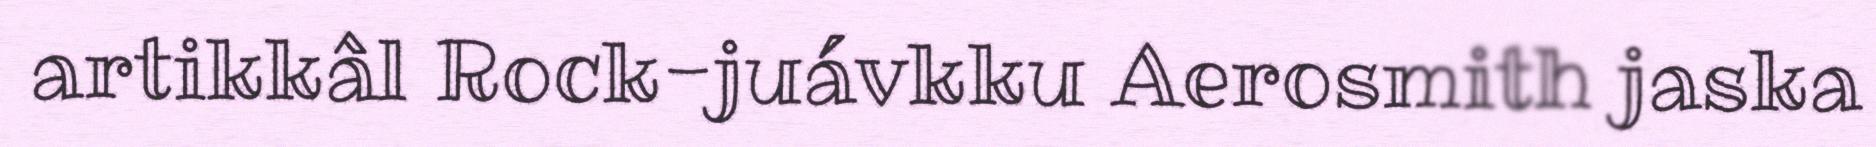
artikkâl Rock-juávkku Aerosmith jaska